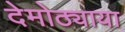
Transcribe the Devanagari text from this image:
देमोठ्याया